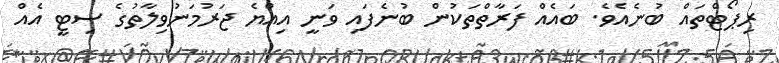
ރިޕޯޓްތައް ބުނެއެވެ. ބައެއް ފަރާތްތަކުން ބުނެފައި ވަނީ އިއްޔެ ޖަރުމަނުވިލާތުގެ ސިޓީ އެއް